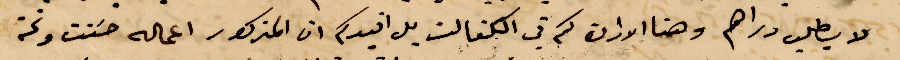
لا يطلب دراهم وهنا الإرادة كم في الكفالت بل قيدكم ان المذكور اعماله حنت ونحن